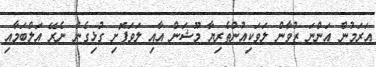
އަރަމުން އަންނަ ޒުވާން ލަވަކިއުންތެރިޔާ މޫޝަން އާއި ލަވަފޮށި ގުޅިގެން ނެރޭ އަލްބަމާއި